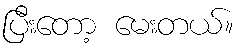
ပြီးတော့ မေးတယ်။